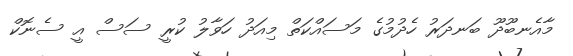
މާއެނބޫދޫ ބަނދަރު ހެދުމުގެ މަސައްކަތް މިއަދު ހަވާލު ކުރީ ސަސް އީ ސެނޮކް